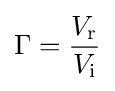
\Gamma ={\frac {V_{\text{r}}}{V_{\text{i}}}}